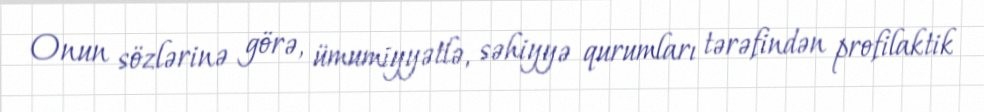
Onun sözlərinə görə, ümumiyyətlə, səhiyyə qurumları tərəfindən profilaktik